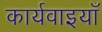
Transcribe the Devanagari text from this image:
कार्यवाइयाँ